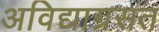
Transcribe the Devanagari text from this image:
अविद्याग्रसत